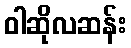
ဝါဆိုလဆန်း